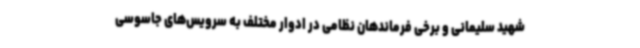
شهید سلیمانی و برخی فرماندهان نظامی در ادوار مختلف به سرویس‌های جاسوسی